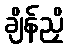
ချိန်ညှိ